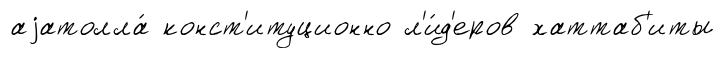
аjатолла́ конст'итуционно л'и́д'еров хаттаб'иты